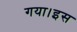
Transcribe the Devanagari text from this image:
गया।इस